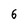
Character: 6